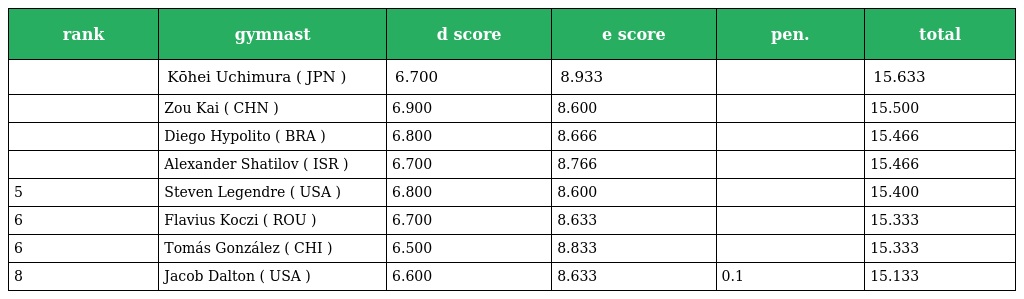
| rank | gymnast | d score | e score | pen. | total |
 | --- | --- | --- | --- | --- | --- |
 |  | Kōhei Uchimura ( JPN ) | 6.700 | 8.933 |  | 15.633 |
 |  | Zou Kai ( CHN ) | 6.900 | 8.600 |  | 15.500 |
 |  | Diego Hypolito ( BRA ) | 6.800 | 8.666 |  | 15.466 |
 |  | Alexander Shatilov ( ISR ) | 6.700 | 8.766 |  | 15.466 |
 | 5 | Steven Legendre ( USA ) | 6.800 | 8.600 |  | 15.400 |
 | 6 | Flavius Koczi ( ROU ) | 6.700 | 8.633 |  | 15.333 |
 | 6 | Tomás González ( CHI ) | 6.500 | 8.833 |  | 15.333 |
 | 8 | Jacob Dalton ( USA ) | 6.600 | 8.633 | 0.1 | 15.133 |